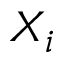
X _ { i }